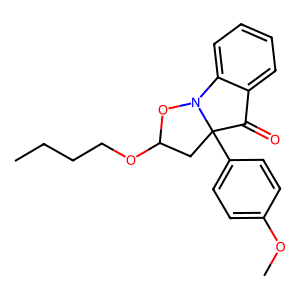
SMILES: CCCCOC1CC2(c3ccc(OC)cc3)C(=O)c3ccccc3N2O1
Inhibits HIV replication: No